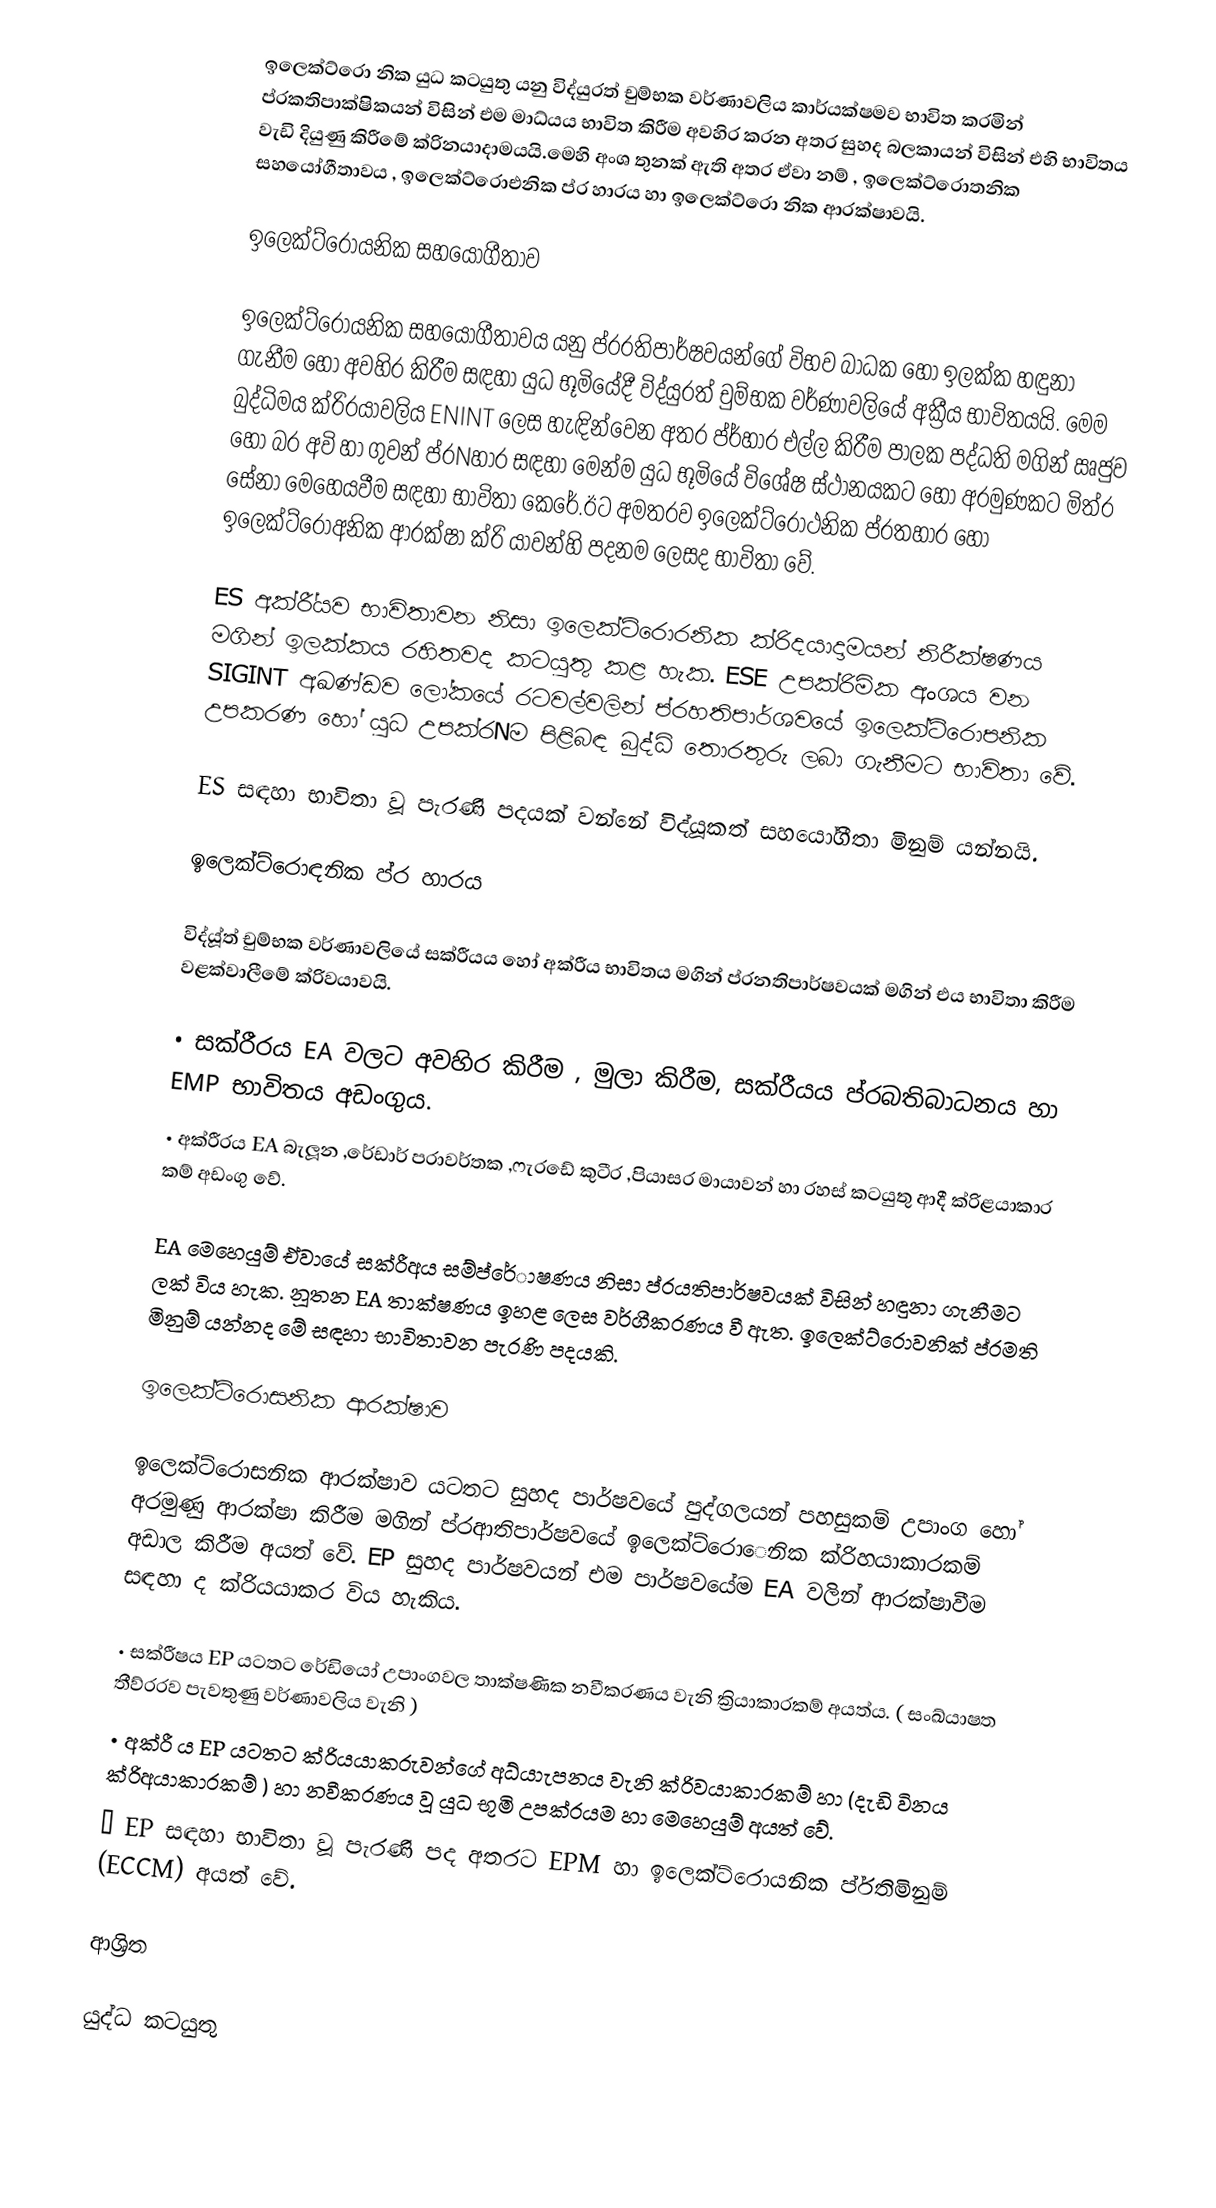
ඉලෙක්ට්රො නික යුධ කටයුතු යනු විද්යුරත් චුම්භක වර්ණාවලිය කාර්යක්ෂමව භාවිත කරමින් ප්රකතිපාක්ෂිකයන් විසින් එම මාධ්යය භාවිත කිරීම අවහිර කරන අතර සුහද බලකායන් විසින් එහි භාවිතය වැඩි දියුණු කිරීමේ ක්රිනයාදාමයයි.මෙහි අංශ තුනක් ඇති අතර ඒවා නම් , ඉලෙක්ට්රොතනික සහයෝගීතාවය , ඉලෙක්ට්රොඑනික ප්ර හාරය හා ඉලෙක්ට්රො නික ආරක්ෂාවයි.

ඉලෙක්ට්රොයනික සහයෝගීතාව

ඉලෙක්ට්රොයනික සහයෝගීතාවය යනු ප්රරතිපාර්ෂවයන්ගේ විභව බාධක හෝ ඉලක්ක හඳුනා ගැනීම හෝ අවහිර කිරීම සඳහා යුධ භූමියේදී විද්යුරත් චුම්භක වර්ණාවලියේ අක්‍රීය භාවිතයයි. මෙම බුද්ධිමය ක්රිරයාවලිය ENINT ලෙස හැඳින්වෙන අතර ප්ර්හාර එල්ල කිරීම පාලක පද්ධති මගින් ඍජුව හෝ  බර අවි හා ගුවන් ප්රNහාර සඳහා මෙන්ම යුධ භූමියේ විශේෂ ස්ථානයකට හෝ අරමුණකට මිත්ර  සේනා මෙහෙයවීම සඳහා භාවිතා කෙරේ.ඊට අමතරව ඉලෙක්ට්රොථනික ප්රතහාර හෝ ඉලෙක්ට්රොඅනික ආරක්ෂා ක්රි යාවන්හි පදනම ලෙසද භාවිතා වේ.

ES අක්රී්යව භාවිතාවන නිසා ඉලෙක්ට්රොරනික ක්රිදයාදාමයන් නිරීක්ෂණය මගින් ඉලක්කය රහිතවද කටයුතු කළ හැක. ESE උපක්රිමික අංශය වන SIGINT  අඛණ්ඩව ලෝකයේ රටවල්වලින් ප්රහතිපාර්ශවයේ ඉලෙක්ට්රොපනික උපකරණ හෝ යුධ උපක්රNම පිළිබඳ බුද්ධි තොරතුරු ලබා ගැනීමට භාවිතා වේ.

ES සඳහා භාවිතා වූ පැරණි පදයක් වන්නේ විද්යූකත් සහයෝගීතා මිනුම් යන්නයි.

ඉලෙක්ට්රොඳනික ප්ර හාරය

විද්යූ්ත් චුම්භක වර්ණාවලියේ සක්රීයය හෝ අක්රී‍ය භාවිතය මගින් ප්රනතිපාර්ෂවයක් මගින් එය භාවිතා කිරීම  වළක්වාලීමේ ක්රිවයාවයි.

•	සක්රීරය EA වලට අවහිර කිරීම , මුලා කිරීම, සක්රීයය ප්රබතිබාධනය හා EMP භාවිතය අඩංගුය.
•	අක්රීරය EA බැලූන ,රේඩාර් පරාවර්තක ,ෆැරඩේ කුටීර ,පියාසර මායාවන් හා රහස් කටයුතු ආදී ක්රිළයාකාර කම් අඩංගු වේ.

EA මෙහෙයුම් ඒවායේ සක්රීඅය සම්ප්රේාෂණය නිසා ප්රයතිපාර්ෂවයක් විසින් හඳුනා ගැනීමට ලක් විය හැක. නූතන EA තාක්ෂණය ඉහළ ලෙස වර්ගීකරණය වී ඇත. ඉලෙක්ට්රොවනික් ප්රමති මිනුම් යන්නද මේ සඳහා භාවිතාවන පැරණි පදයකි.

ඉලෙක්ට්රොසනික ආරක්ෂාව

ඉලෙක්ට්රොසනික ආරක්ෂාව යටතට සුහද පාර්ෂවයේ පුද්ගලයන් පහසුකම් උපාංග හෝ අරමුණු ආරක්ෂා කිරීම මගින් ප්රආතිපාර්ෂවයේ ඉලෙක්ට්රොෙනික ක්රිහයාකාරකම් අඩාල කිරීම අයත් වේ. EP සුහද පාර්ෂවයන් එම පාර්ෂවයේම EA වලින් ආරක්ෂාවීම සඳහා ද ක්රියයාකර විය හැකිය.

•	සක්රීෂය EP යටතට රේඩියෝ උපාංගවල තාක්ෂණික නවීකරණය වැනි ක්‍රියාකාරකම් අයත්ය. ( සංඛ්යාෂත තීව්රරව පැවතුණු වර්ණාවලිය වැනි )
•	අක්රී ය EP යටතට ක්රියයාකරුවන්ගේ අධ්යාැපනය වැනි ක්රිවයාකාරකම් හා (දැඩි විනය ක්රිඅයාකාරකම් ) හා නවීකරණය වූ යුධ භූමි උපක්රයම හා මෙහෙයුම් අයත් වේ.
•	EP සඳහා භාවිතා වූ පැරණි පද අතරට EPM හා ඉලෙක්ට්රොයනික ප්ර්තිමිනුම් (ECCM) අයත් වේ.

ආශ්‍රිත

යුද්ධ කටයුතු